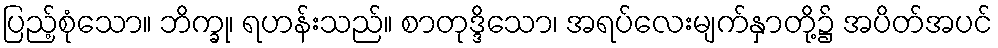
ပြည့်စုံသော။ ဘိက္ခု၊ ရဟန်းသည်။ စာတုဒ္ဒိသော၊ အရပ်လေးမျက်နှာတို့၌ အပိတ်အပင်